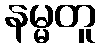
နမ္မတူ